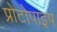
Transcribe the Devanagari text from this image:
प्रोटोपाइप